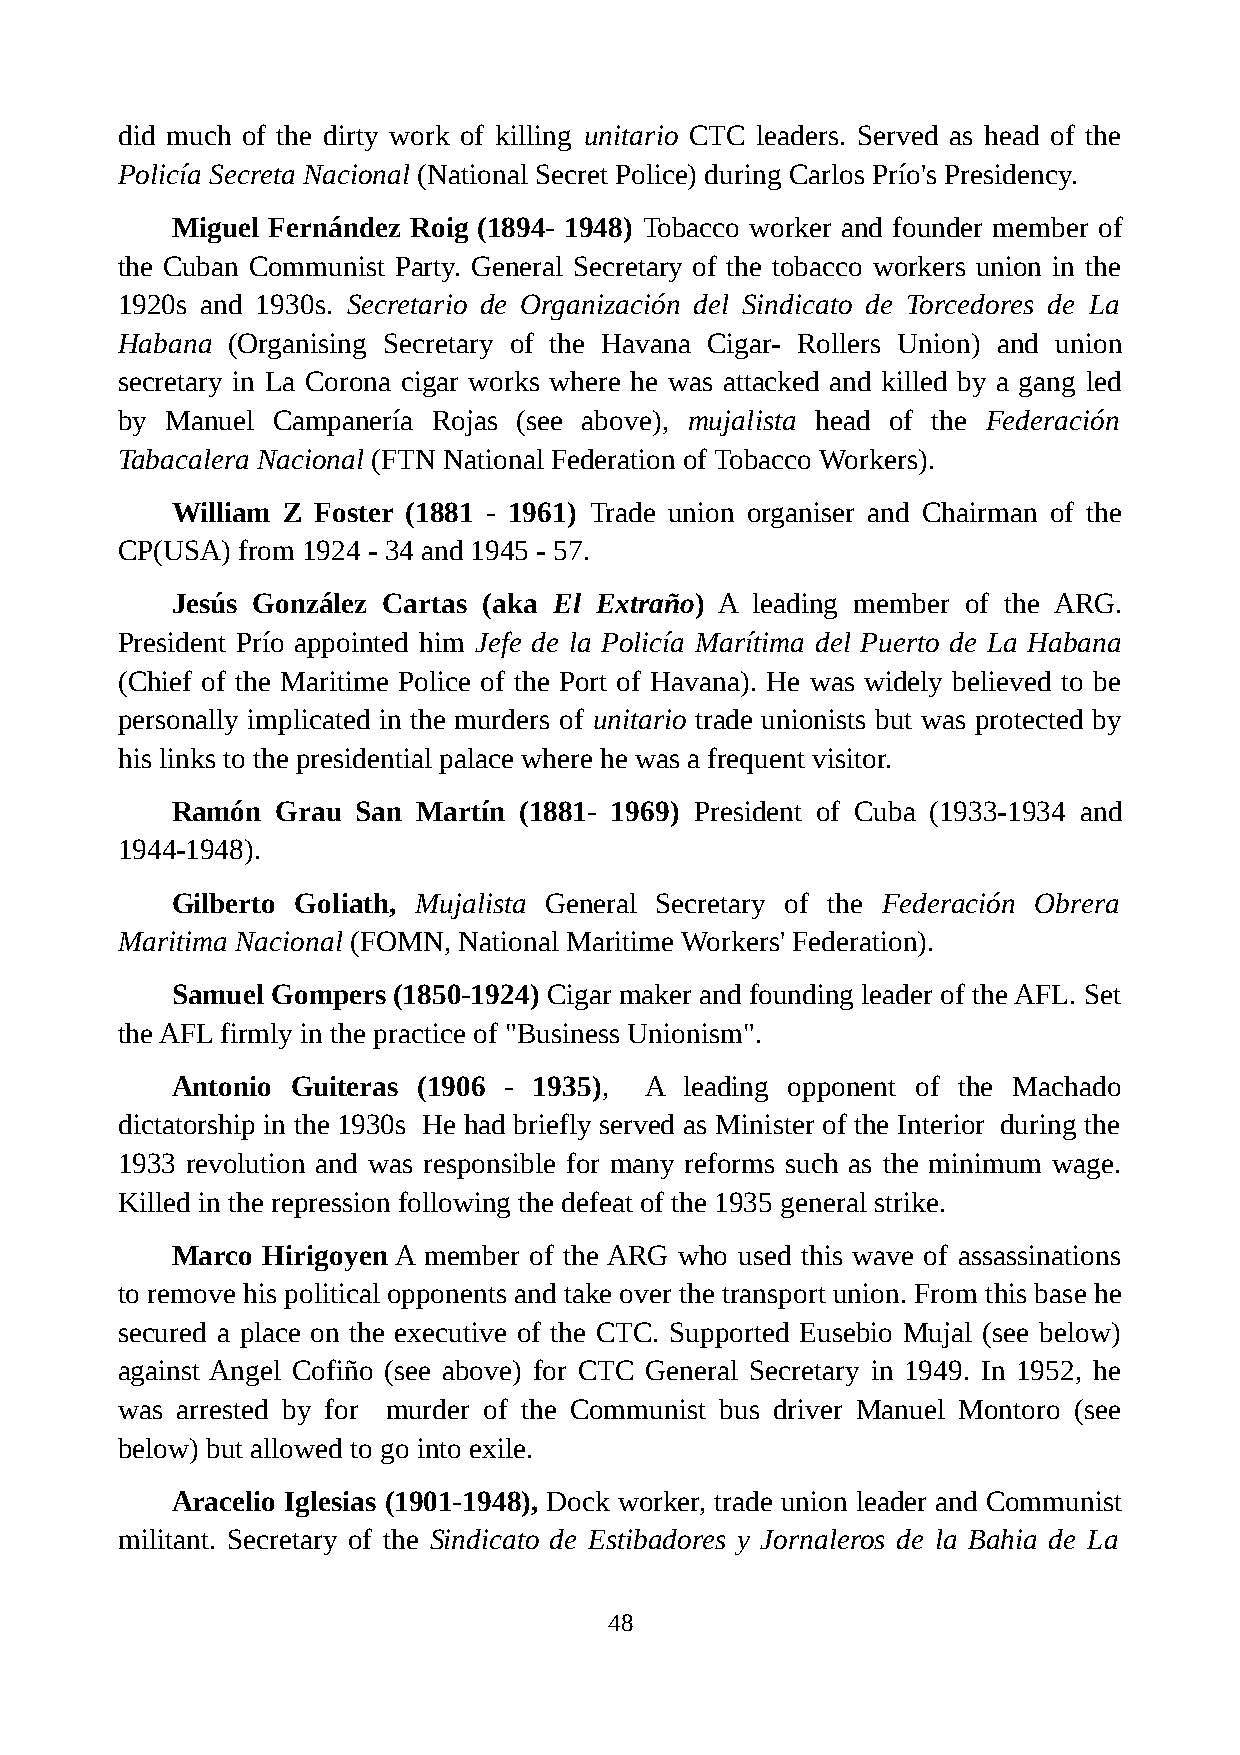
did much of the dirty work of killing unitario CTC leaders. Served as head of the
 Policía Secreta Nacional (National Secret Police) during Carlos Prío's Presidency.
 Miguel Fernández Roig (1894- 1948) Tobacco worker and founder member of
 the Cuban Communist Party. General Secretary of the tobacco workers union in the
 1920s and 1930s. Secretario de Organización del Sindicato de Torcedores de La
 Habana (Organising Secretary of the Havana Cigar- Rollers Union) and union
 secretary in La Corona cigar works where he was attacked and killed by a gang led
 by Manuel Campanería Rojas (see above), mujalista head of the Federación
 Tabacalera Nacional (FTN National Federation of Tobacco Workers).
 William Z Foster (1881 - 1961) Trade union organiser and Chairman of the
 CP(USA) from 1924 - 34 and 1945 - 57.
 Jesús González Cartas (aka El Extraño) A leading member of the ARG.
 President Prío appointed him Jefe de la Policía Marítima del Puerto de La Habana
 (Chief of the Maritime Police of the Port of Havana). He was widely believed to be
 personally implicated in the murders of unitario trade unionists but was protected by
 his links to the presidential palace where he was a frequent visitor.
 Ramón  Grau  San Martín (1881- 1969) President of Cuba (1933-1934 and
 1944-1948).
 Gilberto Goliath, Mujalista General Secretary of the Federación Obrera
 Maritima Nacional (FOMN, National Maritime Workers' Federation).
 Samuel Gompers (1850-1924) Cigar maker and founding leader of the AFL. Set
 the AFL firmly in the practice of "Business Unionism".
 Antonio Guiteras (1906 - 1935), A leading opponent of the Machado
 dictatorship in the 1930s He had briefly served as Minister of the Interior during the
 1933 revolution and was responsible for many reforms such as the minimum wage.
 Killed in the repression following the defeat of the 1935 general strike.
 Marco Hirigoyen A member of the ARG who used this wave of assassinations
 to remove his political opponents and take over the transport union. From this base he
 secured a place on the executive of the CTC. Supported Eusebio Mujal (see below)
 against Angel Cofiño (see above) for CTC General Secretary in 1949. In 1952, he
 was arrested by for murder of the Communist bus driver Manuel Montoro (see
 below) but allowed to go into exile.
 Aracelio Iglesias (1901-1948), Dock worker, trade union leader and Communist
 militant. Secretary of the Sindicato de Estibadores y Jornaleros de la Bahia de La
 48